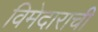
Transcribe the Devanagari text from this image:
विमेदाराची